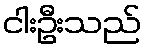
ငါးဦးသည်